Memorandum on the prevention of leprosy by segregation of the affected
Disease focus: Leprosy
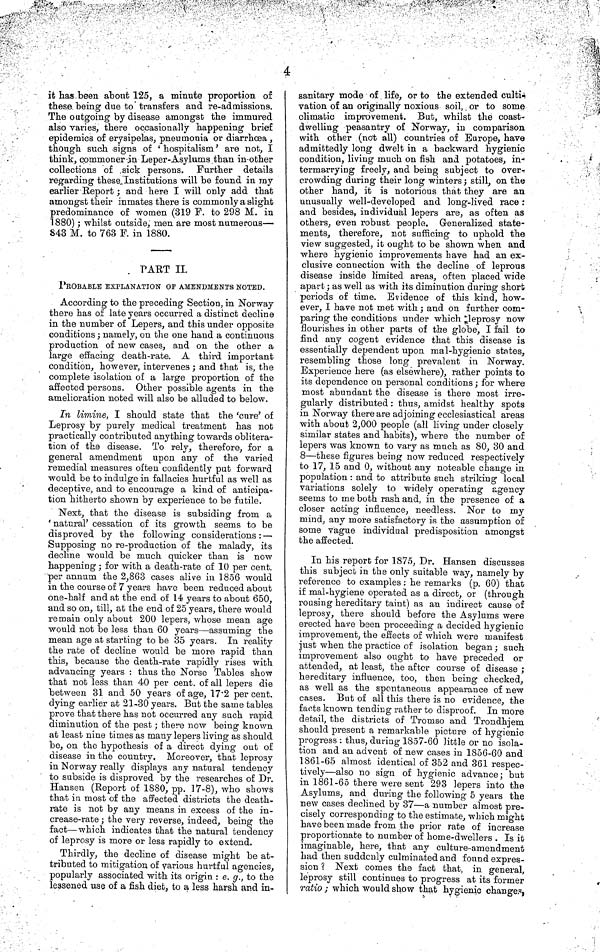
4
it Has been about 125, a minute proportion of
these.being due to transfers and re-admissions.
The outgoing by disease amongst the immured
also varies, there occasionally happening brief
epidemics of erysipelas, pneumonia or diarrhoea ,
though such signs of ' hospitalism' are not, I
think, commoner an Leper-Asylums than in-other
collections of sick persons. Further details
regarding these Institutions will be found in my
earlier Report; and here I will only add that
amongst their inmates there is commonly a slight
predominance of women (319 F. to 298 M. in
1880); whilst outside, men are most numerous—
843 M. to 763 F. in 1880.
PART II.
PROBABLE EXPLANATION OF AMENDMENTS NOTED.
According to the preceding Section, in Norway
there has of late years occurred a distinct decline
in the number of Lepers, and this under opposite
conditions ; namely, on the one hand a continuous
production of new cases, and on the other a
large effacing death-rate. A third important
condition, however, intervenes ; and that is, the
complete isolation of a large proportion of the
affected persons. Other possible agents in the
amelioration noted will also be alluded to below.
In limine, I should state that the 'cure' of
Leprosy by purely medical treatment has not
practically contributed anything towards oblitera-
tion of the disease. To rely, therefore, for a
general amendment upon any of the varied
remedial measures often confidently put forward
would be to indulge in fallacies hurtful as well as
deceptive, and to encourage a kind of anticipa-
tion hitherto shown by experience to be futile.
Next, that the disease is subsiding from a
' natural' cessation of its growth seems to be
disproved by the following considerations: —
Supposing no re-production of the malady, its
decline would be much quicker than is now
happening; for with a death-rate of 10 per cent,
per annum the 2,863 cases alive in 1856 would
in the course of 7 years have been reduced about
one-half and at the end of 14 years to about 650,
and so on, till, at the end of 25 years, there would
remain only about 200 lepers, whose mean age
would not be less than 60 years—assuming the
mean age at starting to be 35 years. In reality
the rate of decline would be more rapid than
this, because the death-rate rapidly rises with
advancing years : thus the Norse Tables show
that not less than 40 per cent. of all lepers die
between 31 and 50 years of age, 17.2 per cent.
dying earlier at 21 -30 years. But the same tables
prove that there has not occurred any such rapid
diminution of the pest; there now being known
at least nine times as many lepers living as should
be, on the hypothesis of a direct dying out of
disease in the country. Moreover, that leprosy
in Norway really displays any natural tendency
to subside is disproved by the researches of Dr.
Hansen (Report of 1880, pp. 17-8), who shows
that in most of the affected districts the death-
rate is not by any means in excess of the in-
crease-rate ; the very reverse, indeed, being the
fact—which indicates that the natural tendency
of leprosy is more or less rapidly to extend.
Thirdly, the decline of disease might be at-
tributed to mitigation of various hurtful agencies,
popularly associated with its origin : e. g., to the
lessened use of a fish diet, to a less harsh and in-
sanitary mode of life, or to the extended culti-
vation of an originally noxious soil, or to some
climatic improvement. But, whilst the coast-
dwelling peasantry of Norway, in comparison
with other (not all) countries of Europe, have
admittedly long dwelt in a backward hygienic
condition, living much on fish and potatoes, in-
termarrying freely, and being subject to over-
crowding during their long winters; still, on the
other hand, it is notorious that they are an
unusually well-developed and long-lived race :
and besides, individual lepers are, as often as
others, even robust people. Generalized state-
ments, therefore, not sufficing to uphold the
view suggested, it ought to be shown when and
where hygienic improvements have had an ex-
clusive connection with the decline of leprous
disease inside limited areas, often placed wide
apart; as well as with its diminution during short
periods of time. Evidence of this kind, how-
ever, I have not met with; and on further com-
paring the conditions under which leprosy now
flourishes in other parts of the globe, I fail to
find any cogent evidence that this disease is
essentially dependent upon mal-hygienic states,
resembling those long prevalent in Norway.
Experience here (as elsewhere), rather points to
its dependence on personal conditions; for where
most abundant the disease is there most irre-
gularly distributed: thus, amidst healthy spots
in Norway there are adjoining ecclesiastical areas
with about 2,000 people (all living under closely
similar states and habits), where the number of
lepers was known to vary as much as 80, 30 and
8—these figures being now reduced respectively
to 17, 15 and 0, without any noteable change in
population : and to attribute such striking local
variations solely to widely operating agency
seems to me both rash and, in the presence of a
closer acting influence, needless. Nor to my
mind, any more satisfactory is the assumption of
some vague individual predisposition amongst
the affected.
In his report for 1875, Dr. Hansen discusses
this subject in the only suitable way, namely by
reference to examples : he remarks (p. 60) that
if mal-hygiene operated as a direct, or (through
rousing hereditary taint) as an indirect cause of
leprosy, there should before the Asylums were
erected have been proceeding a decided hygienic
improvement, the effects of which were manifest
just when the practice of isolation began; such
improvement also ought to have preceded or
attended, at least, the after course of disease ;
hereditary influence, too, then being checked,
as well as the spontaneous appearance of new
cases. But of all this there is no evidence, the
facts known tending rather to disproof. In more
detail, the districts of Tromso and Trondhjem
should present a remarkable picture of hygienic
progress : thus, during 1857-60 little or no isola-
tion and an advent of new cases in 1856-60 and
1861-65 almost identical of 352 and 361 respec-
tively—also no sign of hygienic advance; but
in 1861-65 there were sent 293 lepers into the
Asylums, and during the following 5 years the
new cases declined by 37—a number almost pre-
cisely corresponding to the estimate, which might
have been made from the prior rate of increase
proportionate to number of home-dwellers . Is it
imaginable, here, that any culture-amendment
had then suddenly culminated and found expres-
sion ? Next comes the fact that, in general,
leprosy still continues to progress at its former
ratio ; which would show that hygienic changes,